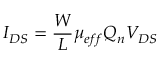
I _ { D S } = \frac { W } { L } \mu _ { e f f } Q _ { n } V _ { D S }